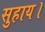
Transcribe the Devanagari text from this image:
सुहाय।